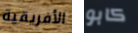
الأفريقية كابو